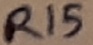
Text: R15